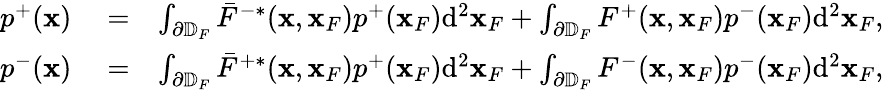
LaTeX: \begin{array}{rlr}{p^{+}({\mathbf x})}&{{}=}&{\int_{\partial\mathbb{D}_{F}}\bar{F}^{-*}({\mathbf x},{\mathbf x}_{F})p^{+}({\mathbf x}_{F})\mathrm{d}^{2}{\mathbf x}_{F}+\int_{\partial\mathbb{D}_{F}}F^{+}({\mathbf x},{\mathbf x}_{F})p^{-}({\mathbf x}_{F})\mathrm{d}^{2}{\mathbf x}_{F},}\\ {p^{-}({\mathbf x})}&{{}=}&{\int_{\partial\mathbb{D}_{F}}\bar{F}^{+*}({\mathbf x},{\mathbf x}_{F})p^{+}({\mathbf x}_{F})\mathrm{d}^{2}{\mathbf x}_{F}+\int_{\partial\mathbb{D}_{F}}F^{-}({\mathbf x},{\mathbf x}_{F})p^{-}({\mathbf x}_{F})\mathrm{d}^{2}{\mathbf x}_{F},}\end{array}